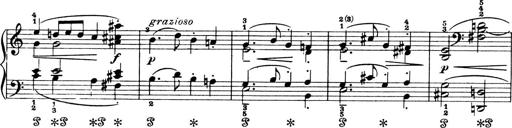
Title: 4 Sonatines
Composer: Max Reger